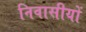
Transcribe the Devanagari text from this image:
निवासीयों